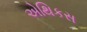
એથિકસ